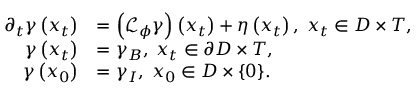
\begin{array} { r l } { \partial _ { t } \gamma \left( x _ { t } \right) } & { = \left( \mathcal { L } _ { \phi } \gamma \right) \left( x _ { t } \right) + \eta \left( x _ { t } \right) , \; x _ { t } \in D \times T , } \\ { \gamma \left( x _ { t } \right) } & { = \gamma _ { B } , \; x _ { t } \in \partial D \times T , } \\ { \gamma \left( x _ { 0 } \right) } & { = \gamma _ { I } , \; x _ { 0 } \in D \times \{ 0 \} . } \end{array}